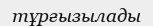
тұрғызылады